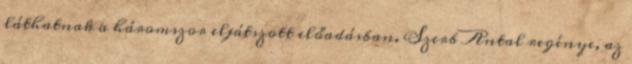
láthatnak a háromszor eljátszott előadásban. Szerb Antal regénye, az